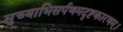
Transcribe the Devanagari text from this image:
सुच्याभिसर्पणमदृष्टकारणम्।